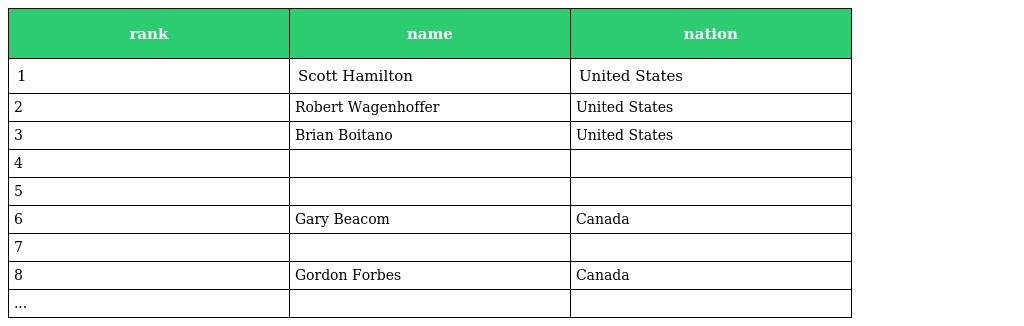
| rank | name | nation |
 | --- | --- | --- |
 | 1 | Scott Hamilton | United States |
 | 2 | Robert Wagenhoffer | United States |
 | 3 | Brian Boitano | United States |
 | 4 |  |  |
 | 5 |  |  |
 | 6 | Gary Beacom | Canada |
 | 7 |  |  |
 | 8 | Gordon Forbes | Canada |
 | ... |  |  |